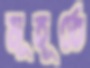
মূহূর্তে